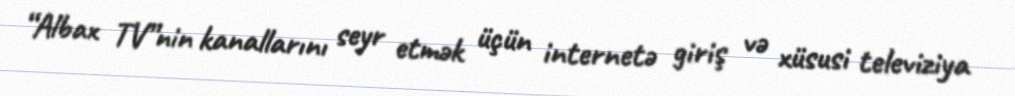
“Albax TV”nin kanallarını seyr etmək üçün internetə giriş və xüsusi televiziya